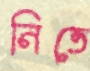
নিতে